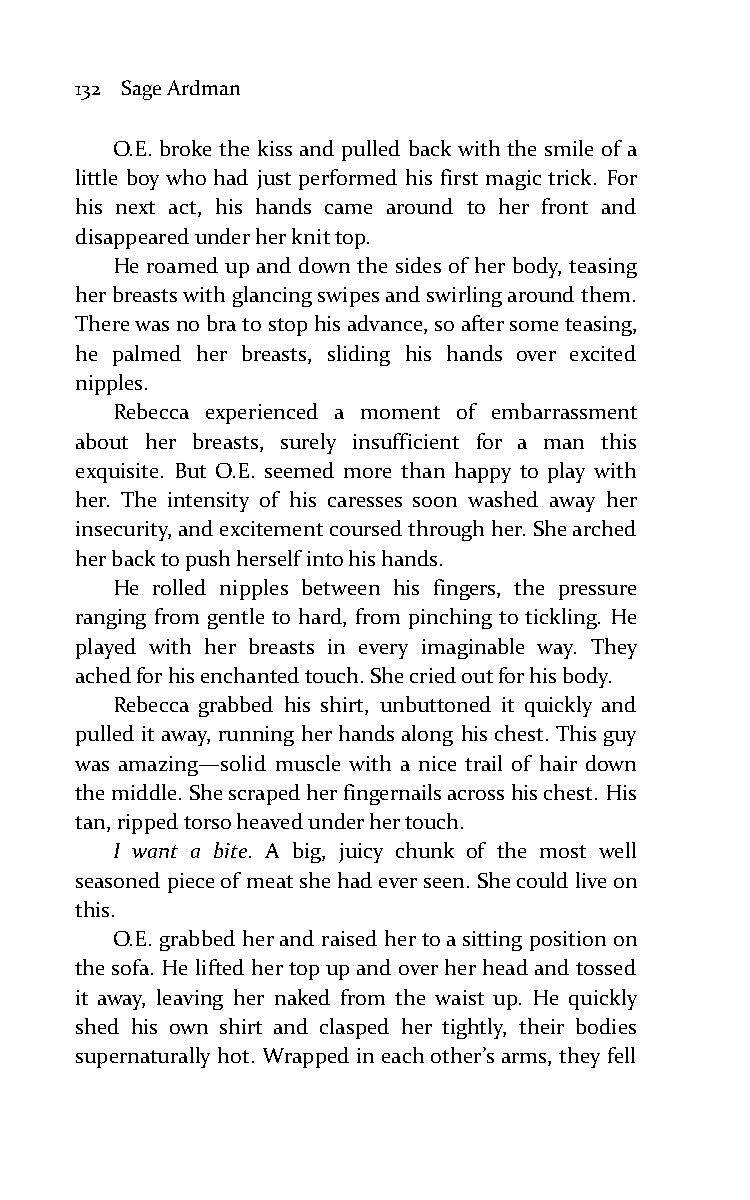
132 Sage Ardman
 O.E. broke the kiss and pulled back with the smile of a
 little boy who had just performed his first magic trick. For
 his next act, his hands came around to her front and
 disappeared under her knit top.
 He roamed up and down the sides of her body, teasing
 her breasts with glancing swipes and swirling around them.
 There was no bra to stop his advance, so after some teasing,
 he palmed her breasts, sliding his hands over excited
 nipples.
 Rebecca experienced a moment of embarrassment
 about her breasts, surely insufficient for a man this
 exquisite. But O.E. seemed more than happy to play with
 her. The intensity of his caresses soon washed away her
 insecurity, and excitement coursed through her. She arched
 her back to push herself into his hands.
 He rolled nipples between his fingers, the pressure
 ranging from gentle to hard, from pinching to tickling. He
 played with her breasts in every imaginable way. They
 ached for his enchanted touch. She cried out for his body.
 Rebecca grabbed his shirt, unbuttoned it quickly and
 pulled it away, running her hands along his chest. This guy
 was amazing—solid muscle with a nice trail of hair down
 the middle. She scraped her fingernails across his chest. His
 tan, ripped torso heaved under her touch.
 I want a bite. A big, juicy chunk of the most well
 seasoned piece of meat she had ever seen. She could live on
 this.
 O.E. grabbed her and raised her to a sitting position on
 the sofa. He lifted her top up and over her head and tossed
 it away, leaving her naked from the waist up. He quickly
 shed his own shirt and clasped her tightly, their bodies
 supernaturally hot. Wrapped in each other’s arms, they fell